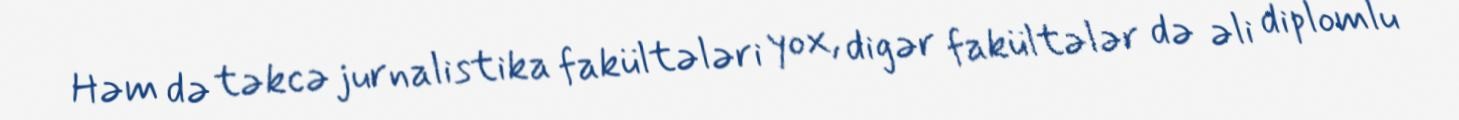
Həm də təkcə jurnalistika fakültələri yox, digər fakültələr də əli diplomlu